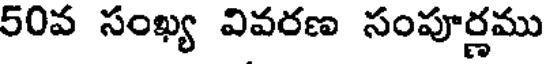
50వ సంఖ్య వివరణ సంపూర్ణము